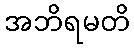
အဘိရမတိ